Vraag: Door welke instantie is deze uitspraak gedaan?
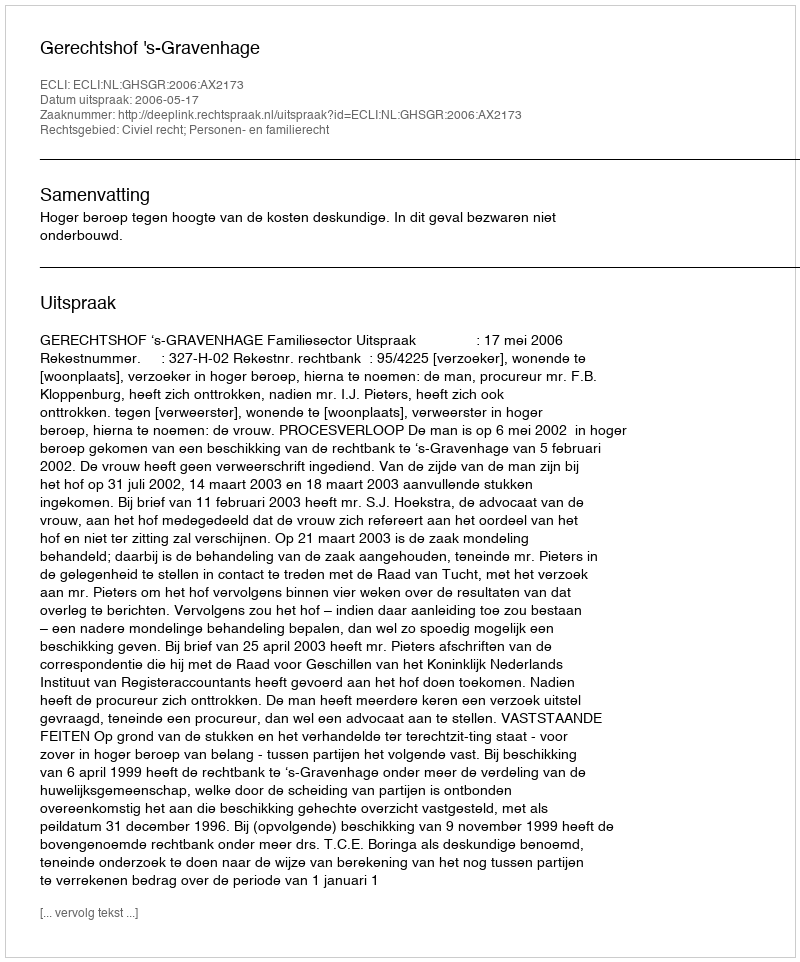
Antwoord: Gerechtshof 's-Gravenhage